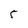
Character: 5